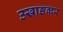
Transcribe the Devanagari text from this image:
उखाङकर